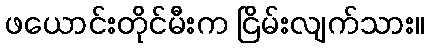
ဖယောင်းတိုင်မီးက ငြိမ်းလျက်သား။